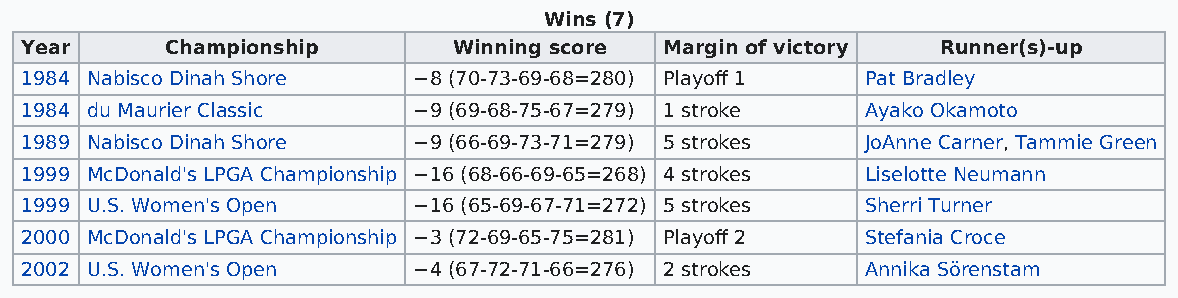
Wins (7)
 Year      Championship       Winning score Margin of victory Runner(s)-up
 1984 Nabisco Dinah Shore  −8 (70-73-69-68=280) Playoff 1 Pat Bradley
 1984 du Maurier Classic   −9 (69-68-75-67=279) 1 stroke Ayako Okamoto
 1989 Nabisco Dinah Shore  −9 (66-69-73-71=279) 5 strokes JoAnne Carner, Tammie Green
 1999 McDonald's LPGA Championship −16 (68-66-69-65=268) 4 strokes Liselotte Neumann
 1999 U.S. Women's Open    −16 (65-69-67-71=272) 5 strokes Sherri Turner
 2000 McDonald's LPGA Championship −3 (72-69-65-75=281) Playoff 2 Stefania Croce
 2002 U.S. Women's Open    −4 (67-72-71-66=276) 2 strokes Annika Sörenstam